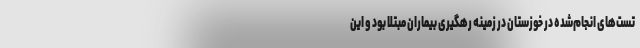
تست‌های انجام‌شده در خوزستان در زمینه رهگیری بیماران مبتلا بود و این